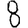
Digit: 8